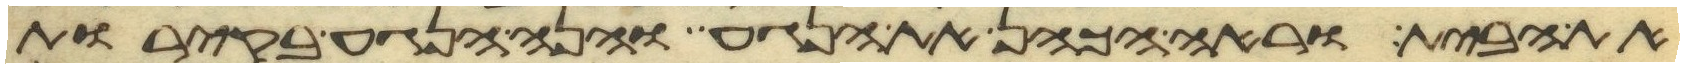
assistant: את הבית וראה הכהן את הנגע והנה הנגע בקירות